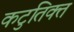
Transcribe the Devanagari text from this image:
कटुतिक्त